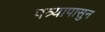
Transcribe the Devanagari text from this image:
पत्र्यापासुन